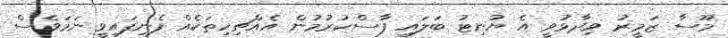
މޫސާ ޒަމީރު ވިދާޅުވީ އެ ޔުނިޓު ބަލައި ފާސްކުރުމުން އެއްޗިހިތަކެއް ފެނިފައިވީ ނަމަވެސް